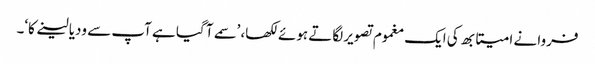
فروا نے امیتابھ کی ایک مغموم تصویر لگاتے ہوئے لکھا، ’سمے آ گیا ہے آپ سے ودیا لینے کا‘۔